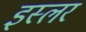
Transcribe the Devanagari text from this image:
इस्लर